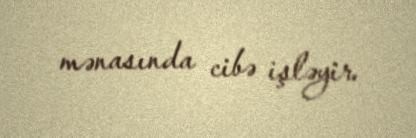
mənasında cibə işləyir.